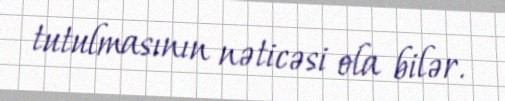
tutulmasının nəticəsi ola bilər.